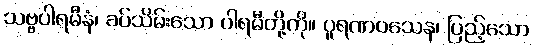
သဗ္ဗပါရမီနံ၊ ခပ်သိမ်းသော ပါရမီတို့ကို။ ပူရဏဝသေန၊ ပြည့်သော